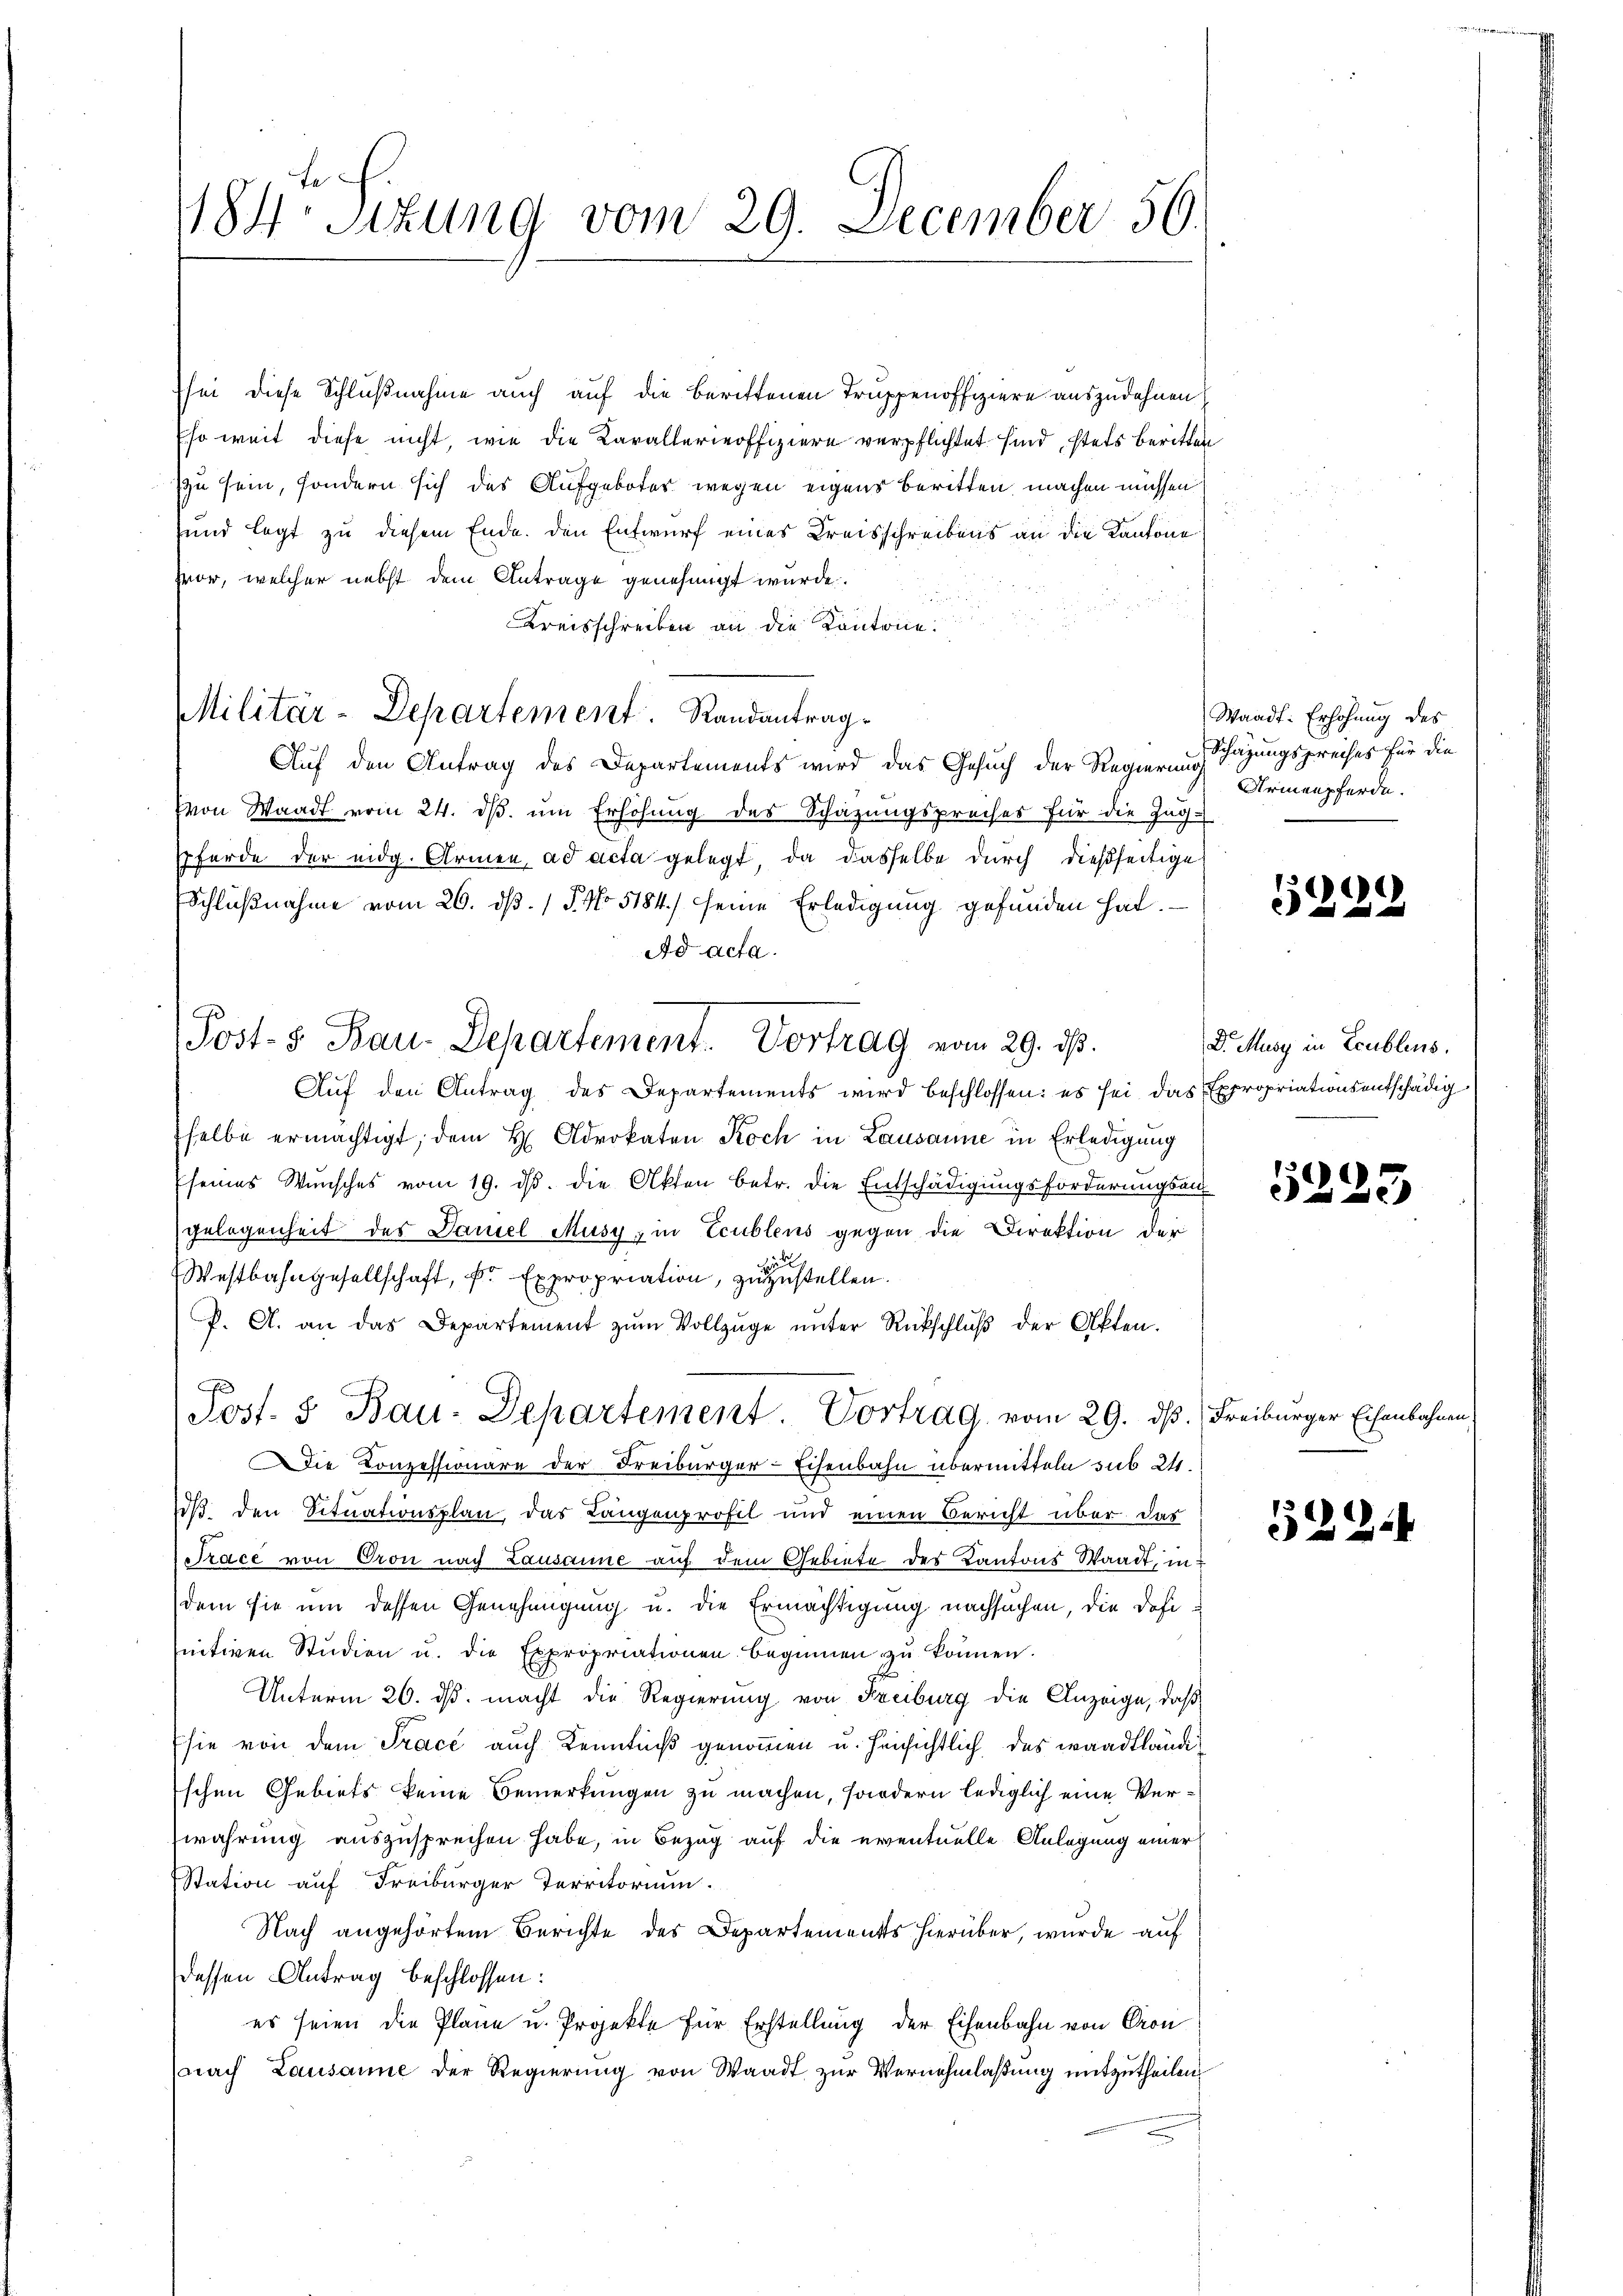
184. Sitzung vom 29. December 56.

sei diese Schlußnahme auch auf die berittenen Truppenoffiziere auszudehnen
Eso weit diese nicht, wie die Karallerieoffiziere verpflichtet sind, stets beritten
zu sein, sondern sich das Aufgebotes wegen eigens beritten machen müssen
und legt zu diesem Ende. Den Entwurf eines Kreisschreibens an die Kantone
vor, welcher nebst dem Antrage genehmigt wurde.
Kreisschreiben an die Kantone.
Militär-Departement. Randantrag.
Auf den Antrag des Departements wird das Gesuch der Regierung
(von Waadt vom 24. dβ ŭm Erhöhung des Schazungspreises für die Zug-
Pferde der eidg. Armen, ad acta gelegt, da dasselbe durch dießseitige
Schlußnahme vom 26. dß. / P. No 5184) seine Erledigung gefunden hat.
Ad acta.
Auf den Antrag des Departements wird beschlossen: es sei das Expropriationsentschädigselbe ermächtigt, dem H Advokaten Koch in Lausanne in Erledigung
seines Wunsches vom 19. ds. die Akten betr. die Entschädigungsforderungsan
gelegenheit des Daniel Musy z in Ecublens gegen die Direktion der
iut
Westbahngesellschaft, Fr. Expropriation, zuzustellen.
P. A. an das Departement zŭm Vollzŭge ŭnter Rückschlŭβ der Akten.
Post. 3 Bau-Departement. Vortrag, vom 29. ds. Freiburger Eisenbahnen,
Die Conzessionäre der Freiburger-Eisenbahn übermitteln sub 24.
iß, den Situationsplan das Langenprofil und einen Bericht über das
Trace von Oron nach Lausanne auf dem Gebiete des Kantons Staadt, in
dem sie um dessen Genehmigung u. die Ermächtigung nachsuchen, die dahe¬
Initiven Studien u. die Expropriationen beginnen zŭ können.
Unterm 26. ds. macht die Regierung von Freiburg die Anzeige, daβ
sie von dem Trace auch Kenntniß genommen u. hinsichtlich des waadtländi¬
Eschen Gebiets keine Bemerkungen zu machen, sondern lediglich eine Verwahrung auszusprechen habe, in Bezug auf die eventuelle Anlegung einer
Station auf Freiburger Territorium
Nach angehörtem Berichte des Departements hierüber, wurde auf
dessen Antrag beschlossen:
es seien die Plane u. Projekte für Erstellung der Eisenbahn von Cron
nach Lausanne der Regierung von Waadt zur Vernehmlaßung mitzutheilen

Post- 5. Bau-Departement. Vortrag vom 29. ds.

Waadt: Erhöhung des
Schazungspreises für die
Armenpferde.

)
14

Dr. Musy in Erublens.

5225

329.